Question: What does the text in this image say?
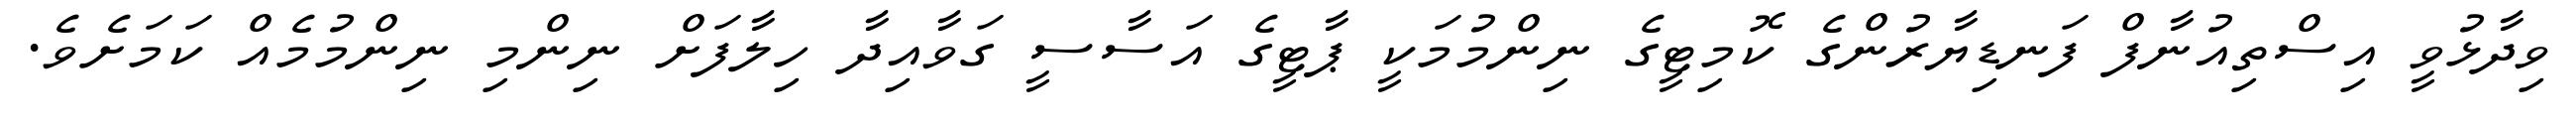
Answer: ވިދާޅުވީ އިސްތިއުނާފް ފަނޑިޔާރުންގެ ކޮމިޓީގެ ނިންމުމަކީ ޕާޓީގެ އަސާސީ ގަވާއިދާ ހިލާފަށް ނިންމި ނިންމުމެއް ކަމަށެވެ.